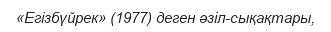
«Егізбүйрек» (1977) деген әзіл-сықақтары,